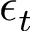
\epsilon _ { t }